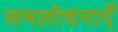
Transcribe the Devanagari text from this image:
समलोचनाएँ